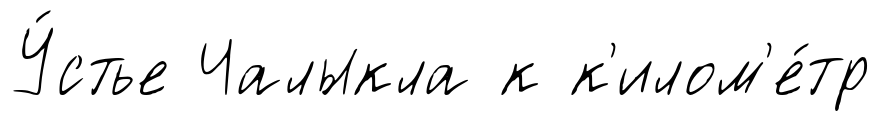
У́стье Чалыкла к к'илом'е́тр